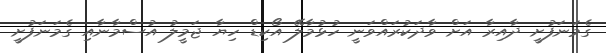
ގެމަނަފުށީ ދާއިރާ އަށް ވާދަކުރައްވަނީ ހުޅުމާލޭ އޯކިޑް ހިޔާ ޖަމީލު އުސްމާނާއި ގެމަނަފުށީ